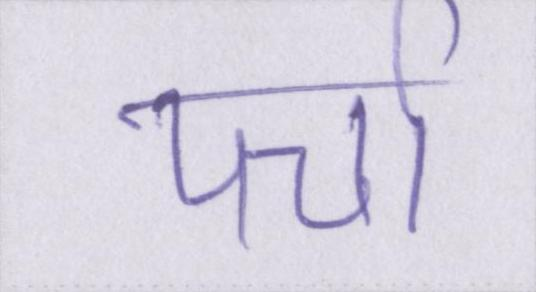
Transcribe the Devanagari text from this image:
पर्चा